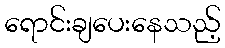
ရောင်းချပေးနေသည့်